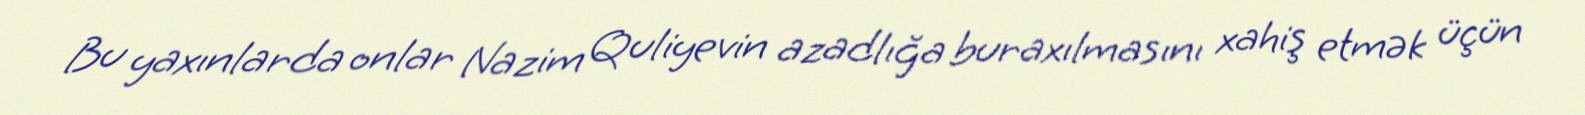
Bu yaxınlarda onlar Nazim Quliyevin azadlığa buraxılmasını xahiş etmək üçün